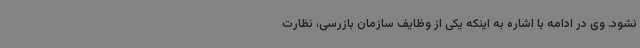
نشود. وی در ادامه با اشاره به اینکه یکی از وظایف سازمان بازرسی، نظارت